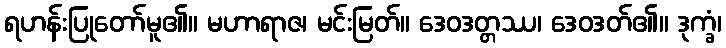
ရဟန်းပြုတော်မူ၏။ မဟာရာဇ၊ မင်းမြတ်။ ဒေဝဒတ္တဿ၊ ဒေဝဒတ်၏။ ဒုက္ခံ၊